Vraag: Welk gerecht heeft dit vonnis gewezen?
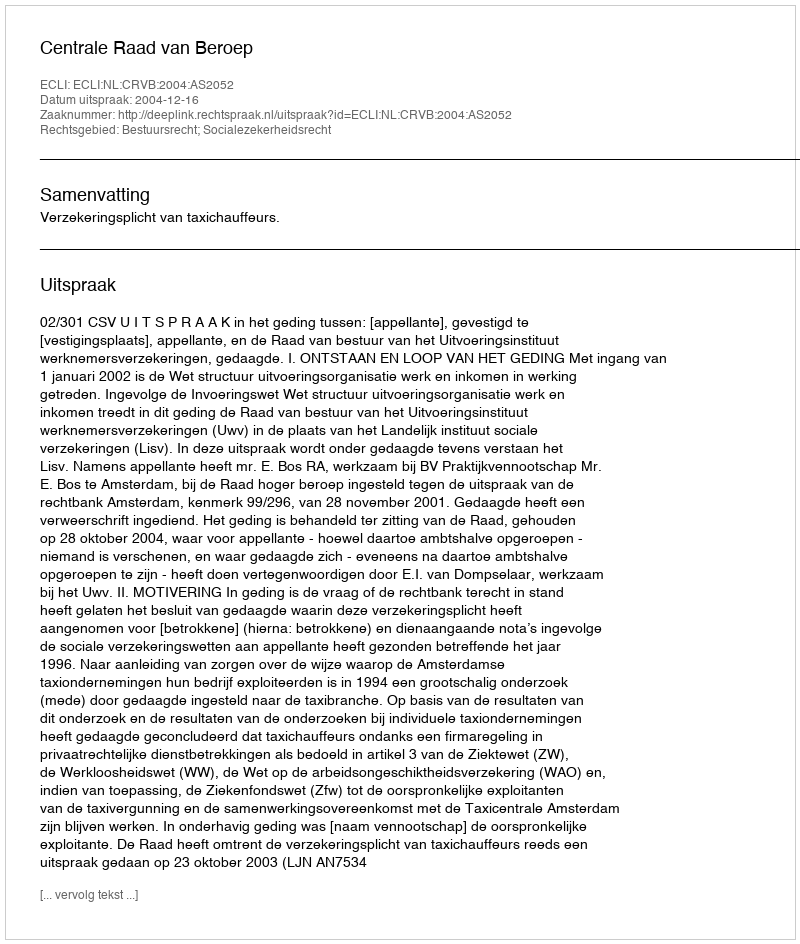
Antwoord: Centrale Raad van Beroep